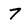
Character: 7